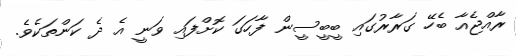
ރާއްޖެއާ ބެހޭ ގަރާރުގައި ބީބީސީން ފާހަގަ ކޮށްފައި ވަނީ އެ ދެ ކަންތަކެވެ.